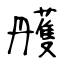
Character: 雘